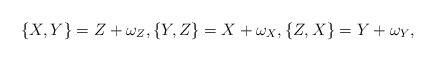
LaTeX: \begin{align*} \{X,Y\}=Z+\omega_{Z},\{Y,Z\}=X+\omega_{X},\{Z,X\}=Y+\omega_{Y},\end{align*}